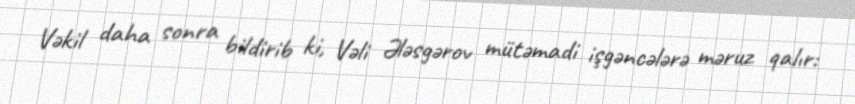
Vəkil daha sonra bildirib ki, Vəli Ələsgərov mütəmadi işgəncələrə məruz qalır: